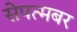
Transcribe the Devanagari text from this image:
सेपत्मबर